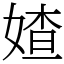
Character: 㜁